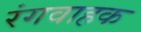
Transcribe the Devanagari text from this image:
रंगवाहक